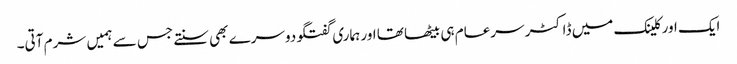
ایک اور کلینک میں ڈاکٹر سرعام ہی بیٹھا تھا اور ہماری گفتگو دوسرے بھی سنتے جس سے ہمیں شرم آتی۔